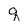
Character: q